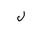
Letter: _lam